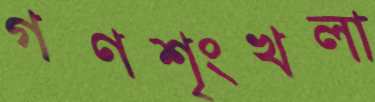
গণশৃংখলা